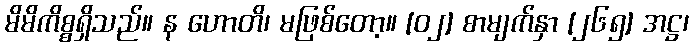
မိမိကိစ္စရှိသည်။ န ဟောတိ၊ မဖြစ်တော့။ [၀၂] စာမျက်နှာ [၂၆၅] အဋ္ဌ၊